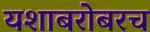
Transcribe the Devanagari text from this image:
यशाबरोबरच